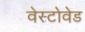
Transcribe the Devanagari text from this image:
वेस्टोवेड